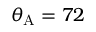
\theta _ { \mathrm { { A } } } = 7 2